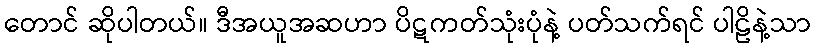
တောင် ဆိုပါတယ်။ ဒီအယူအဆဟာ ပိဋကတ်သုံးပုံနဲ့ ပတ်သက်ရင် ပါဠိနဲ့သာ